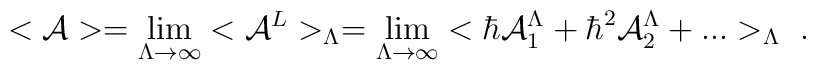
<{\cal A}>=\lim _{\Lambda \rightarrow \infty}<{\cal A}^L>_\Lambda =\lim _{\Lambda \rightarrow \infty}<\hbar {\cal A}^\Lambda _1+\hbar^2{\cal A}_2^\Lambda +...>_\Lambda \ .